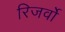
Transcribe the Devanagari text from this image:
रिजर्वो